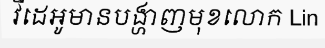
វីដេអូមានបង្ហាញមុខលោក Lin